Vaccination in the Punjab 1905-1918 - 1905-1918
Year: 1905
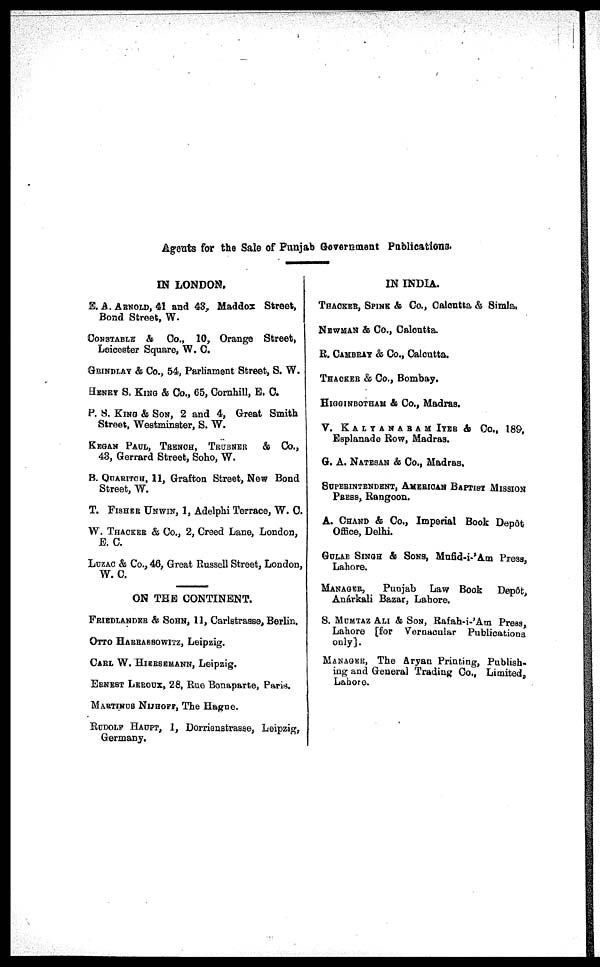
Agents for the Sale of Punjab Government Publications.
IN LONDON.
E. A. ARNOLD, 41 and 43, Maddox Street,
Bond Street, W.
CONSTABLE & Co., 10, Orange Street,
Leicester Square, W. C.
GRINDLAY & Co., 54, Parliament Street, S. W.
HENRY S. KING & Co., 65, Cornhill, E. C.
P. 8. KING & SON, 2 and 4, Great Smith
Street, Westminster, S. W.
KEGAN PAUL, TRENCH, TRUBNER
& Co.,
43, Gerrard Street, Soho, W.
B. QUARITCH, 11, Grafton Street, New Bond
Street, W.
T. FISHER UNWIN, 1, Adelphi Terrace, W. C.
W. THACKER & Co., 2, Creed Lane, London,
E. C.
LUZAC & Co., 46, Great Russell Street, London,
W. C.
ON THE CONTINENT.
FRIEDLANDER & SOHN, 11, Carlstrasse, Berlin.
OTTO HARRASSOWITZ, Leipzig.
CARL W. HIERSEMANN, Leipzig.
ERNEST LEROUX, 28, Rue Bonaparte, Paris.
MARTINUS NIJHOFF, The Hague.
RUDOLF HAUPT, 1, Dorrienstrasse, Leipzig,
Germany.
IN INDIA.
THACKER, SPINK & Co., Calcutta & Simla.
NEWMAN & Co., Calcutta.
R. CAMBRAY & Co., Calcutta.
THACKER & Co., Bombay.
HIGGINBOTHAM & Co., Madras.
V. KALYANARAM IYER & Co., 189,
Esplanade Row, Madras.
G. A. NATESAN & Co., Madras,
SUPERINTENDENT, AMERICAN BAPTIST MISSION
PRESS, Rangoon.
A. CHAND & Co., Imperial Book Depôt
Office, Delhi.
GULAB SINGH & SONS, Mufid-i-'Am Press,
Lahore.
MANAGER,
Punjab Law Book
Depôt,
Anárkali Bazar, Lahore.
S. MUMTAZ ALI & SON, Rafah-i-'Am Press,
Lahore [for Vernacular Publications
only].
MANAGER, The Aryan Printing, Publish-
ing and General Trading Co., Limited,
Lahore.